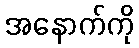
အနောက်ကို